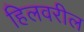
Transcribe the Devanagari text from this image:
हिलवरील